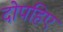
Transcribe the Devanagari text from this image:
दोपहिए